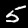
Label: 5